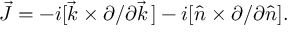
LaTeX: \vec { J } = - i [ \vec { k } \times \partial / \partial \vec { k } \, ] - i [ \hat { n } \times \partial / \partial \hat { n } ] .